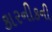
કારનીકની